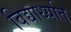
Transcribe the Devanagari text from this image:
विद्यार्थ्यात